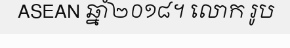
ASEAN ឆ្នាំ២០១៨។ លោក រូប